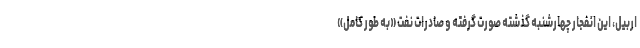
اربیل، این انفجار چهارشنبه گذشته صورت گرفته و صادرات نفت «به طور کامل»